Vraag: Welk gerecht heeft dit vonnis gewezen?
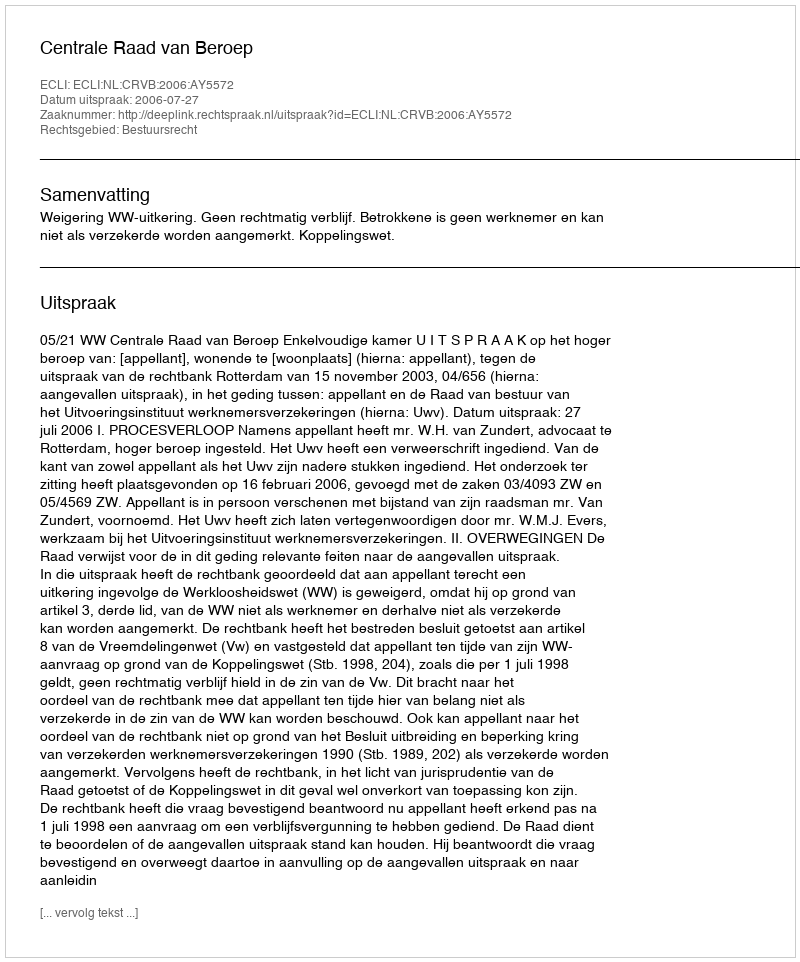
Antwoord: Centrale Raad van Beroep